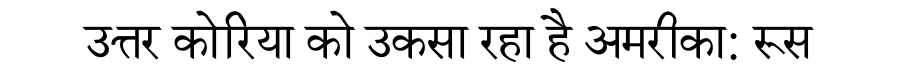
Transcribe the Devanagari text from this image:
उत्तर कोरिया को उकसा रहा है अमरीका: रूस